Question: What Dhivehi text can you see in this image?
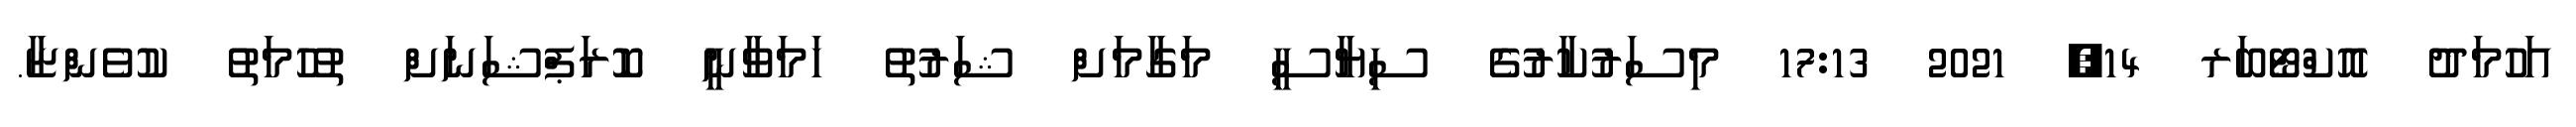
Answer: އަހުމަދު އޮކްޓޯބަރ 14, 2021 17:13 މިސަރުކާރުގެ ސިޔާސީ މަގާމަށް ޝަރުތު ހަމަވާނީ ކޮރަޕްޝަނަށް ތުހުމަތު ކުވެންޏާ.